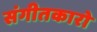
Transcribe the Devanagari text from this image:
संगीतकारो